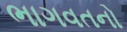
ભાગવતનો